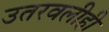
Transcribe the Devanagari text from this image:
उतरवलीही